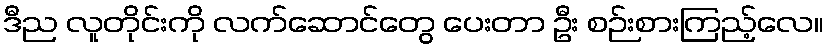
ဒီည လူတိုင်းကို လက်ဆောင်တွေ ပေးတာ ဦး စဉ်းစားကြည့်လေ။